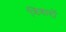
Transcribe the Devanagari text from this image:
विवादों